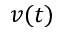
v ( t )